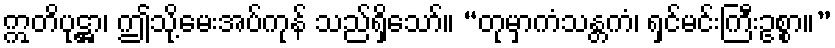
ဣတိပုဋ္ဌာ၊ ဤသို့မေးအပ်ကုန် သည်ရှိသော်။ “တုမှာကံသန္တကံ၊ ရှင်မင်းကြီးဥစ္စာ။”